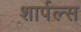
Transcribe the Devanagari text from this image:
शार्पल्स